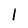
Character: 1